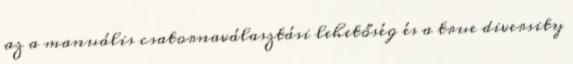
az a manuális csatornaválasztási lehetőség és a true diversity